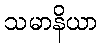
သမာနိယာ